Report on sanitation, dispensaries, and jails in Rajputana for 1913, and on vaccination for the year 1913-1914 - 1913-1914
Year: 1913
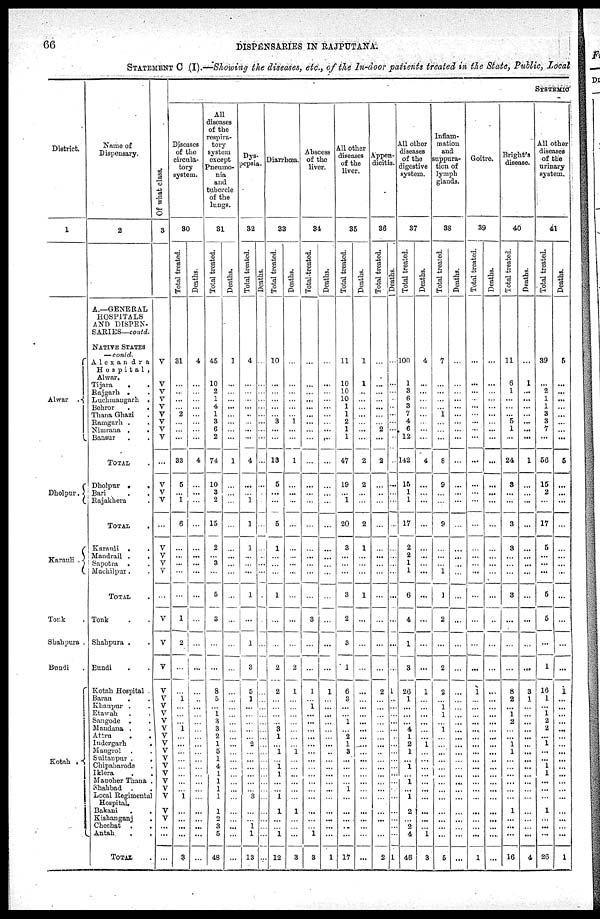
66
DISPENSARIES IN RAJPUTANA.
STATEMENT C (I).—Showing the diseases, etc., of the In-door patients treated in the State, Public, Local
District.
1
Alwar .
Dholpur.
Karauli .
Tonk .
Shahpura .
Bundi .
Kotah .
Name of
Dispensary.
2
A.—GENERAL
HOSPITALS
AND DISPEN-
SARIES— contd.
NATIVE STATES
— contd.
Alexandra
Hospital ,
Alwar.
Tijara
. .
Rajgarh . .
Luchmangarh .
Behror
.
.
Thana Ghazi .
Ramgarh . .
Nimrana .
.
Bansur . .
TOTAL .
Dholpur .
.
Bari . .
Rajakhera .
TOTAL .
Karauli . .
Mandrail .
.
Sapotra . .
Machilpur . .
TOTAL .
Tonk . .
Shahpura . .
Bundi . .
Kotah Hospital .
Baran . .
Khanpur . .
Etawah . .
Sangode .
.
Mandana . .
Attru . .
Indergarh
.
Mangrol . .
Sultanpur .
.
Chipabarode .
Iklera . .
Manoher Thana .
Shahbad . .
Local Regimental
Hospital.
Bakani . .
Kishanganj .
Chechat .
.
Antah . .
TOTAL.
Of what class.
3
V
V
V
V
V
V
V
V
V
...
V
V
V
...
V
V
V
V
...
V
V
V
V
V
V
V
V
V
V
V
V
V
V
V
V
V
V
V
V
...
...
...
SYSTEMIC
Diseases
of the
circula-
tory
system.
30
Total treated.
31
...
...
...
...
2
...
...
...
33
5
...
1
6
...
...
...
...
...
1
2
...
...
1
...
...
...
1
...
...
...
...
...
...
...
...
1
...
...
...
...
3
Deaths.
4
...
...
...
...
...
...
...
...
4
...
...
...
...
...
...
...
...
...
...
...
...
...
...
...
...
...
...
...
...
...
...
...
...
...
...
...
...
...
...
...
...
All
diseases
of the
respira-
tory
system
except
Pneumo-
nia
and
tubercle
of the
lungs.
31
Total treated.
45
10
2
1
4
1
3
6
2
74
10
3
2
15
2
...
3
...
5
3
...
...
8
5
...
1
3
3
2
1
5
1
4
1
1
1
1
1
2
3
5
48
Deaths.
1
...
...
...
...
...
...
...
...
1
...
...
...
...
...
...
...
...
...
...
...
...
...
...
...
...
...
...
...
...
...
...
...
...
...
...
...
...
...
...
...
...
Dys-
pepsia.
32
Total treated.
4
...
...
...
...
...
...
...
...
4
...
...
1
1
1
...
...
...
1
...
1
3
5
1
...
...
...
...
...
2
...
...
...
1
...
...
3
...
...
1
1
13
Deaths.
...
...
...
...
...
...
...
...
...
...
...
...
...
...
...
...
...
...
...
...
...
...
...
...
...
...
...
...
...
...
...
...
...
...
...
...
...
...
...
...
...
...
Diarrhœa.
33
Total treated.
10
...
...
...
...
...
3
...
...
13
5
...
...
5
1
...
...
...
1
...
...
2
2
...
...
...
...
3
1
...
1
...
1
1
...
...
1
1
...
...
1
12
Deaths.
...
...
...
...
...
...
1
...
...
1
...
...
...
...
...
...
...
...
...
...
...
2
1
...
...
...
...
...
...
...
1
...
...
...
...
...
...
1
...
...
...
3
Abscess
of the
liver.
34
Total treated.
...
...
...
...
...
...
...
...
...
...
...
...
...
...
...
...
...
...
...
3
...
...
1
...
1
...
...
...
...
...
...
...
...
...
...
...
...
...
...
...
1
3
Deaths.
...
...
...
...
...
...
...
...
...
...
...
...
...
...
...
...
...
...
...
...
...
...
1
...
...
...
...
...
...
...
...
...
...
...
...
...
...
...
...
...
...
1
All other
diseases
of the
liver.
35
Total treated.
11
10
10
10
1
1
2
1
1
47
19
...
1
20
3
...
...
...
3
2
3
1
6
3
...
...
1
...
2
1
3
...
...
...
...
1
...
...
...
...
...
17
Deaths.
1
1
...
...
...
...
...
...
...
2
2
...
...
2
1
...
...
...
1
...
...
...
...
...
...
...
...
...
...
...
...
...
...
...
...
...
...
...
...
...
...
...
Appen-
dicitis.
36
Total treated.
...
...
...
...
...
...
...
2
...
2
...
...
...
...
...
...
...
...
...
...
...
...
2
...
...
...
...
...
...
...
...
...
...
...
...
...
...
...
...
...
...
2
Deaths.
...
...
...
...
...
...
...
...
...
...
...
...
...
...
...
...
...
...
...
...
...
...
1
...
...
...
...
...
...
...
...
...
...
...
...
...
...
...
...
...
...
1
All other
diseases
of the
digestive
system.
37
Total treated.
100
1
3
6
3
7
4
6
12
142
15
1
1
17
2
2
1
1
6
4
1
3
26
1
...
...
...
4
1
2
1
...
1
...
1
...
1
2
...
2
4
46
Deaths.
4
...
...
...
...
...
...
...
...
4
...
...
...
...
...
...
...
...
...
...
...
...
1
...
...
...
...
...
...
1
...
...
...
...
...
...
...
...
...
...
1
3
Inflam-
mation
and
suppura-
tion of
lymph
glands.
38
Total treated.
7
...
...
...
...
1
...
...
...
8
9
...
...
9
...
...
...
1
1
2
...
2
2
...
1
1
...
1
...
...
...
...
...
...
...
...
...
...
...
...
...
5
Deaths.
...
...
...
...
...
...
...
...
...
...
...
...
...
...
...
...
...
...
...
...
...
...
...
...
...
...
...
...
...
...
...
...
...
...
...
...
...
...
...
...
...
...
Goitre.
39
Total treated.
...
...
...
...
...
...
...
...
...
...
...
...
...
...
...
...
...
...
...
...
...
...
1
...
...
...
...
...
...
...
...
...
...
...
...
...
...
...
...
...
...
1
Deaths.
...
...
...
...
...
...
...
...
...
...
...
...
...
...
...
...
...
...
...
...
...
...
...
...
...
...
...
...
...
...
...
...
...
...
...
...
...
...
...
...
...
...
Bright's
disease.
40
Total treated.
11
6
1
...
...
...
5
1
...
24
3
...
...
3
3
...
...
...
3
...
...
...
8
2
...
1
2
...
...
1
1
...
...
...
...
...
...
1
...
...
...
16
Deaths.
...
1
...
...
...
...
...
...
...
1
...
...
...
...
...
...
...
...
...
...
...
...
3
1
...
...
...
...
...
...
...
...
...
...
...
...
...
...
...
...
...
4
All other
diseases
of the
urinary
system.
41
Total treated.
39
...
2
1
1
3
3
7
...
56
15
2
...
17
5
...
...
...
5
5
...
1
16
1
...
1 2
2
...
1
...
...
1
1
...
...
...
1
...
...
...
26
Deaths.
5
...
...
...
...
...
...
...
...
5
...
...
...
...
...
...
...
...
...
...
...
...
1
...
...
...
...
...
...
...
...
...
...
...
...
...
...
...
...
...
...
1